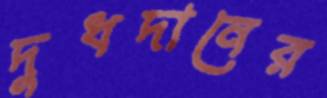
দুধদানের